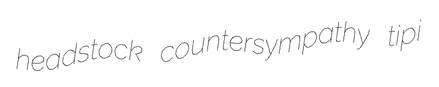
headstock countersympathy tipi